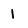
Character: 1